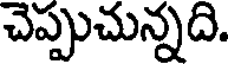
చెప్పుచున్నది.